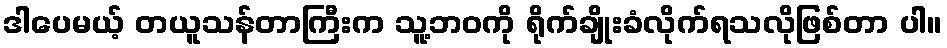
ဒါပေမယ့် တယူသန်တာကြီးက သူ့ဘဝကို ရိုက်ချိုးခံလိုက်ရသလိုဖြစ်တာ ပါ။